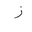
Letter: _zay